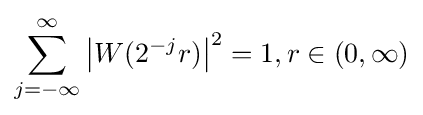
\sum _{j=-\infty }^{\infty }\left|W(2^{-j}r)\right|^{2}=1,r\in (0,\infty )